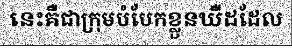
នេះគឺជាក្រុមបំបែកខ្លួនឃឺដដែល